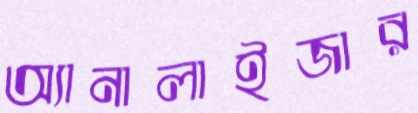
অ্যানালাইজার